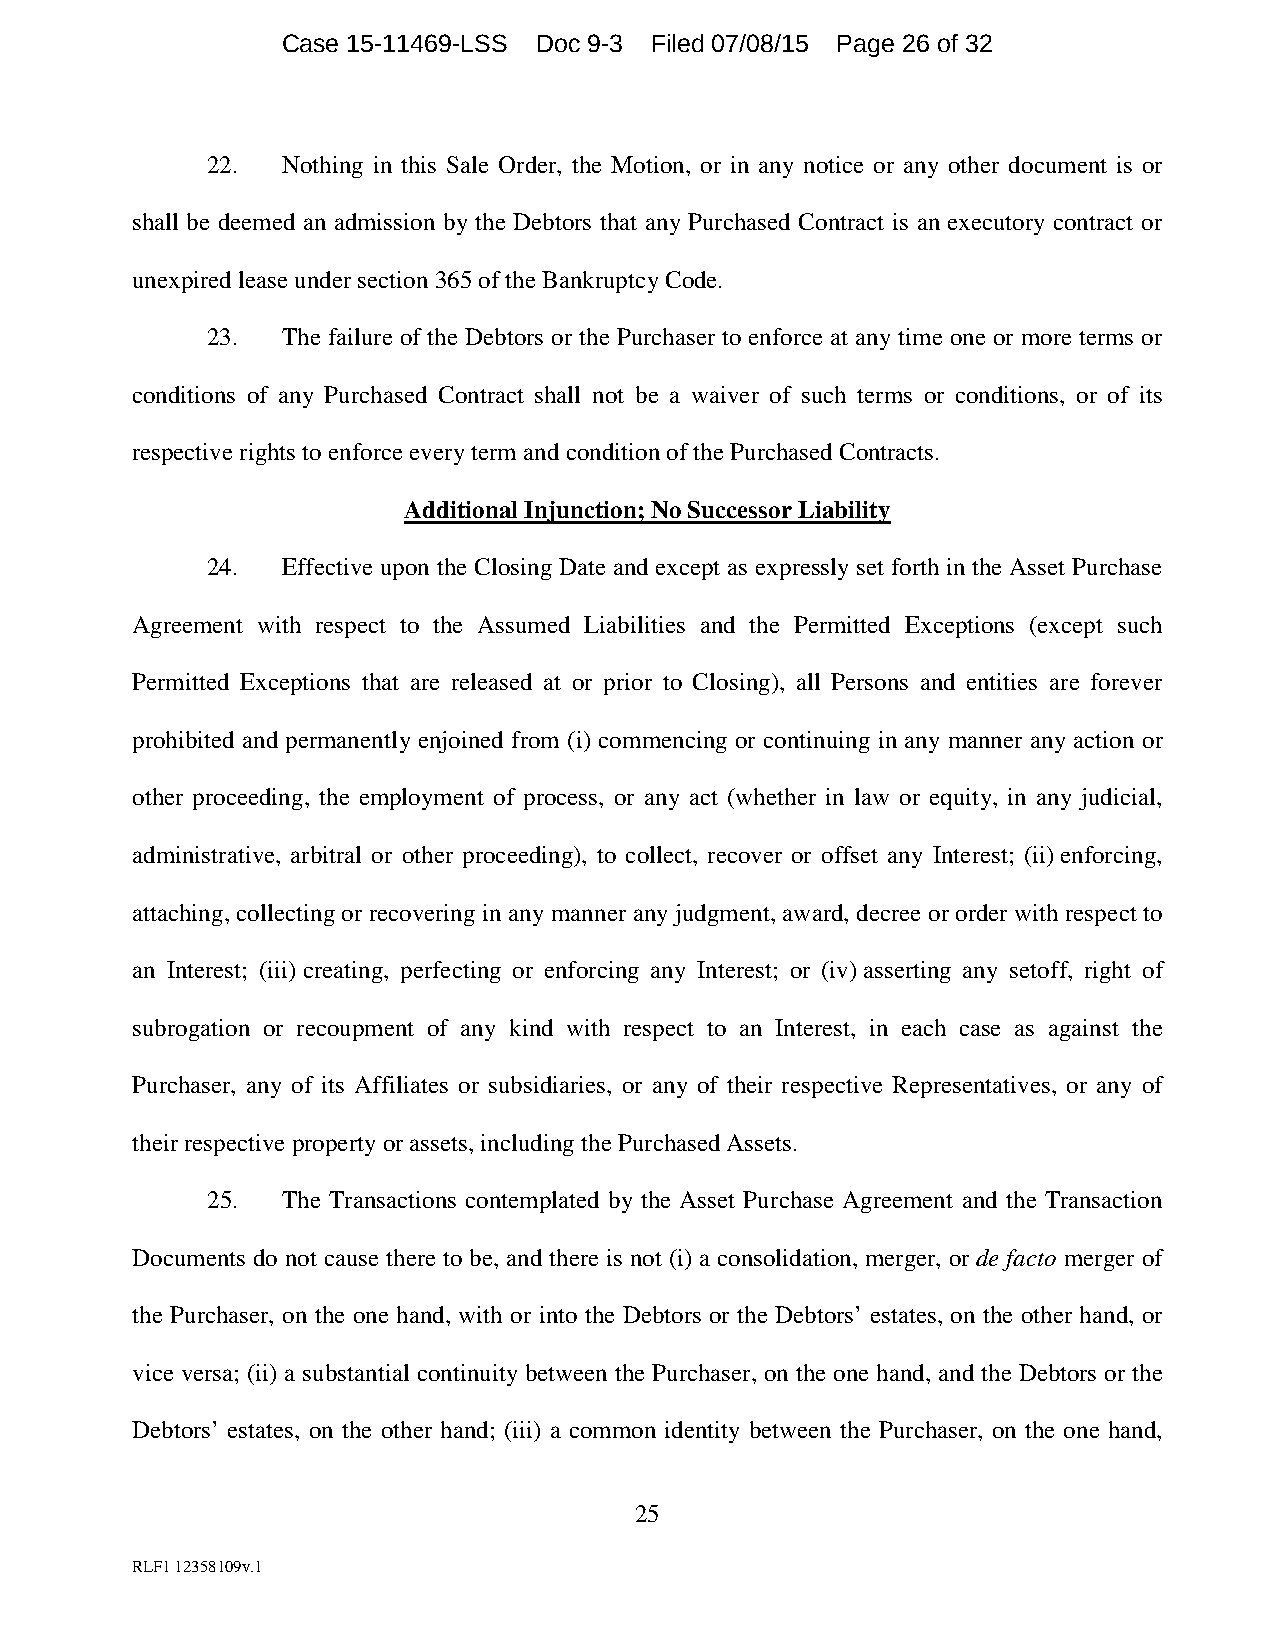
Case 15-11469-LSS Doc 9-3 Filed 07/08/15 Page 26 of 32
 22.  Nothing in this Sale Order, the Motion, or in any notice or any other document is or
 shall be deemed an admission by the Debtors that any Purchased Contract is an executory contract or
 unexpired lease under section 365 of the Bankruptcy Code.
 23.  The failure of the Debtors or the Purchaser to enforce at any time one or more terms or
 conditions of any Purchased Contract shall not be a waiver of such terms or conditions, or of its
 respective rights to enforce every term and condition of the Purchased Contracts.
 Additional Injunction; No Successor Liability
 24.  Effective upon the Closing Date and except as expressly set forth in the Asset Purchase
 Agreement with respect to the Assumed Liabilities and the Permitted Exceptions (except such
 Permitted Exceptions that are released at or prior to Closing), all Persons and entities are forever
 prohibited and permanently enjoined from (i) commencing or continuing in any manner any action or
 other proceeding, the employment of process, or any act (whether in law or equity, in any judicial,
 administrative, arbitral or other proceeding), to collect, recover or offset any Interest; (ii) enforcing,
 attaching, collecting or recovering in any manner any judgment, award, decree or order with respect to
 an Interest; (iii) creating, perfecting or enforcing any Interest; or (iv) asserting any setoff, right of
 subrogation or recoupment of any kind with respect to an Interest, in each case as against the
 Purchaser, any of its Affiliates or subsidiaries, or any of their respective Representatives, or any of
 their respective property or assets, including the Purchased Assets.
 25.  The Transactions contemplated by the Asset Purchase Agreement and the Transaction
 Documents do not cause there to be, and there is not (i) a consolidation, merger, or de facto merger of
 the Purchaser, on the one hand, with or into the Debtors or the Debtors’ estates, on the other hand, or
 vice versa; (ii) a substantial continuity between the Purchaser, on the one hand, and the Debtors or the
 Debtors’ estates, on the other hand; (iii) a common identity between the Purchaser, on the one hand,
 25
 RLF1 12358109v.1